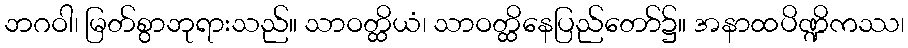
ဘဂဝါ၊ မြတ်စွာဘုရားသည်။ သာဝတ္ထိယံ၊ သာဝတ္ထိနေပြည်တော်၌။ အနာထပိဏ္ဍိကဿ၊